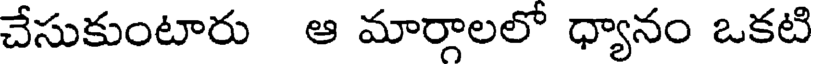
చేసుకుంటారు ఆ మార్గాలలో ధ్యానం ఒకటి